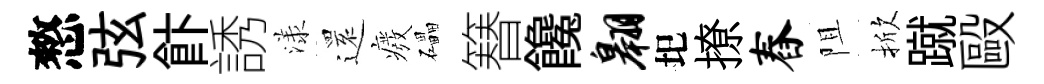
憗弦飰誘漾𮟃癈礧簮饞翱圯撩舂阻掀蹴毆